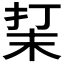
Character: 𰓮